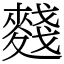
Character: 䴼